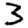
Digit: 3